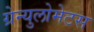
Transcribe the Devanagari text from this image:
ग्रेन्युलोमेटस